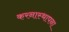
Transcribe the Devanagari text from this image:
करनास्थापना